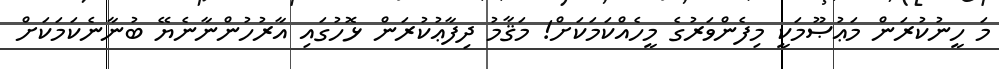
މަ ހީނުކުރަން މަޢުޞޫމަކީ މިފެންވަރުގެ މީހެއްކަމަކަށް! މަޤާމު ދިފާޢުކުރަން ޅޮހުގައި އާރުހުންނާނެޔޭ ބުނާނެކަމަކަށް